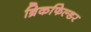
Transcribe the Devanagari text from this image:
ब्रिकफिल्डर